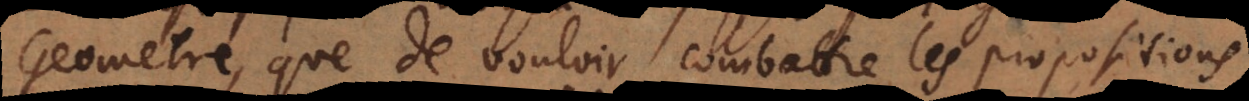
Geometre, que de vouloir combattre les propositions